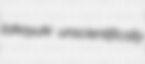
takayuki unscientifically